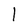
Character: 1